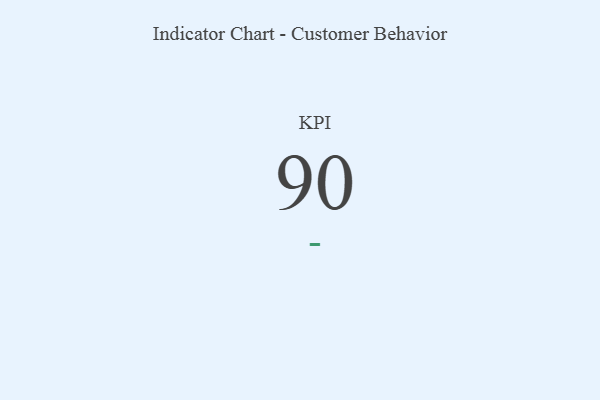
{"axis": {"x": "KPI", "y": "Value"}, "legend": [""], "data": [{"x": "KPI", "y": 90, "type": ""}]}